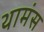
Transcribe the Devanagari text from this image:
थामंस